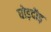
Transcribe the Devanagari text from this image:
घोड़दौड़